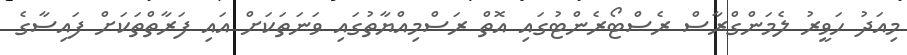
މިއަދު ހަވީރު ލެމަންގްރާސް ރެސްޓޯރެންޓުގައި އޮތް ރަސްމިއްޔާތުގައި ވަނަތަކަށް އައި ފަރާތްތަކަށް ފައިސާގެ